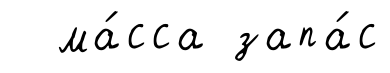
ма́сса запа́с